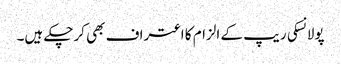
پولانسکی ریپ کے الزام کا اعتراف بھی کرچکے ہیں۔